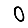
Digit: 0